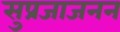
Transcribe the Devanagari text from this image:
सुप्रजाजनन